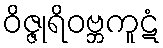
ဝိဇ္ဇုရိဝဗ္ဘကူဋံ